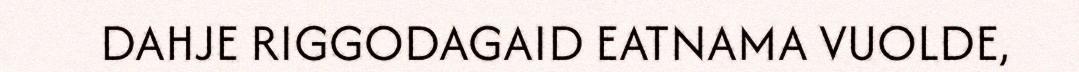
DAHJE RIGGODAGAID EATNAMA VUOLDE,